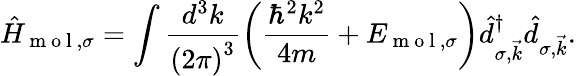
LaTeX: \hat{H}_{\mathrm{~m~o~l~},\sigma}=\int\frac{d^{3}k}{\left(2\pi\right)^{3}}\left(\frac{\hbar^{2}k^{2}}{4m}+E_{\mathrm{~m~o~l~},\sigma}\right)\hat{d}_{\sigma,\vec{k}}^{\dagger}\hat{d}_{\sigma,\vec{k}}.